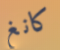
كانغ